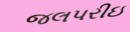
જલપરીઇ